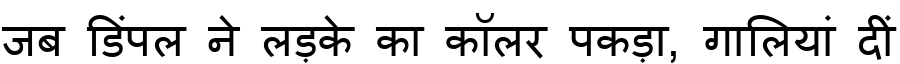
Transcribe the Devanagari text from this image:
जब डिंपल ने लड़के का कॉलर पकड़ा, गालियां दीं